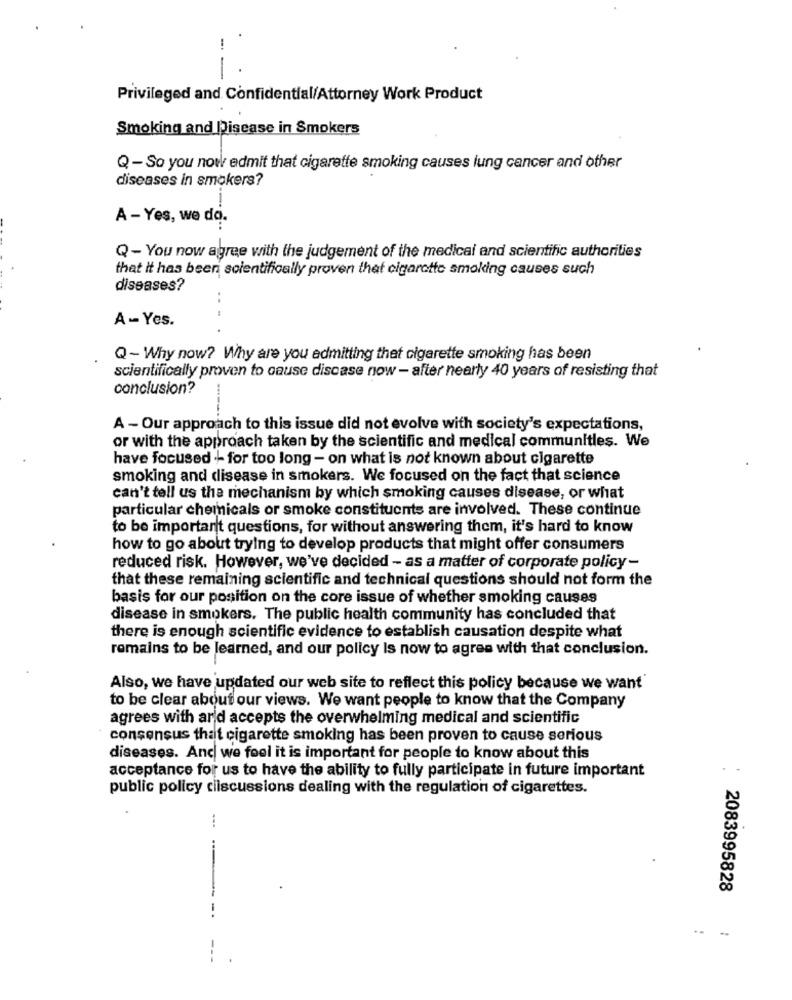
Privileged and Confidential/Attorney Work Product
Smoking and Disease in Smokers
Q-So you now admit that cigarette smoking causes lung cancer and other
diseases in smokers?
--
A - Yes, we do.
Q- You now agree with the judgement of the medical and scientific authorities
that it has been scientifically proven that cigarette smoking causes such
diseases?
A - Yes.
...
Q- Why now? Why are you admitting that cigarette smoking has been
scientifically proven to cause disease now - after nearly 40 years of resisting that
conclusion?
A - Our approach to this issue did not evolve with society's expectations,
or with the approach taken by the scientific and medical communities. We
have focused + for too long - on what is not known about cigarette
smoking and disease in smokers. We focused on the fact that science
can't tell us the mechanism by which smoking causes disease, or what
particular chemicals or smoke constituents are involved. These continue
to be important questions, for without answering them, it's hard to know
how to go about trying to develop products that might offer consumers
reduced risk. However, we've decided - as a matter of corporate policy-
that these remaining scientific and technical questions should not form the
basis for our position on the core issue of whether smoking causes
disease in smokers. The public health community has concluded that
there is enough scientific evidence to establish causation despite what
remains to be learned, and our policy Is now to agree with that conclusion.
Also, we have updated our web site to reflect this policy because we want'
to be clear about our views. We want people to know that the Company
agrees with ard accepts the overwhelming medical and scientific
consensus that cigarette smoking has been proven to cause serious
diseases. And we fool it is important for people to know about this
acceptance for us to have the ability to fully participate in future important
public policy cilscussions dealing with the regulation of cigarettes.
---
2083995828
. -